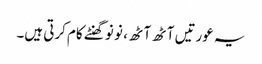
یہ عورتیں آٹھ آٹھ ، نو نو گھنٹے کام کرتی ہیں۔